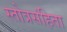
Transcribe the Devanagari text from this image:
स्तोत्रसंहिता